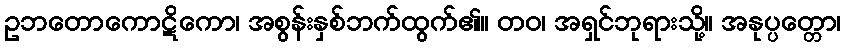
ဥဘတောကောဋိကော၊ အစွန်းနှစ်ဘက်ထွက်၏။ တဝ၊ အရှင်ဘုရားသို့။ အနုပ္ပတ္တော၊